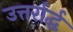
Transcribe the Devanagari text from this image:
उत्तर्रार्द्ध